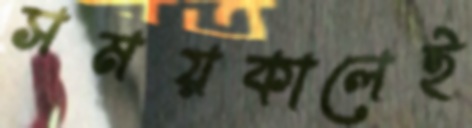
সময়কালেই